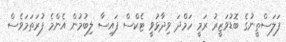
ފަލަސްތީނުގެ ބޮޑުވަޒީރު ރަމީ ހަމްދަ ވިދާޅުވީ ޓެކްސް ފައިސާ ލިބުމުން އެންމެ ފުރަތަމަވެސް